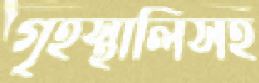
গৃহস্থালিসহ